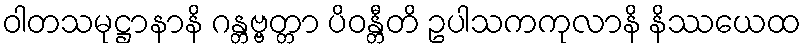
ဝါတသမုဋ္ဌာနာနိ ဂန္တဗ္ဗတ္တာ ပိဝန္တီတိ ဥပါသကကုလာနိ နိဿယေထ